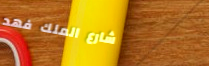
شارع الملك فهد